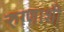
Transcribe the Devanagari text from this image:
रुग्णाशी